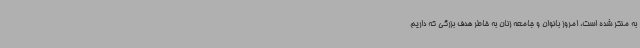
به منکر شده است، امروز بانوان و جامعه زنان به خاطر هدف بزرگی که داریم